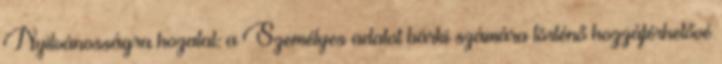
Nyilvánosságra hozatal: a Személyes adatot bárki számára történő hozzáférhetővé